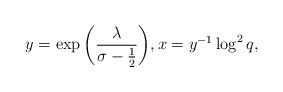
LaTeX: \begin{align*}y = \exp{\left(\frac{\lambda}{\sigma-\frac{1}{2}}\right)}, x = y^{-1}\log^{2}{q},\end{align*}